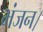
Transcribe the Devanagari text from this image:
भंजन।